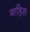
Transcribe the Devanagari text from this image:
माहिस